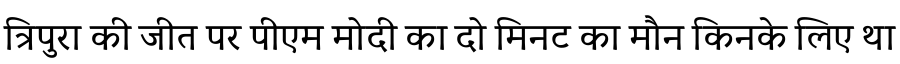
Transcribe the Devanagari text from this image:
त्रिपुरा की जीत पर पीएम मोदी का दो मिनट का मौन किनके लिए था